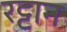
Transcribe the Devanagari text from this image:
रट्टान